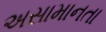
અસામાનતા